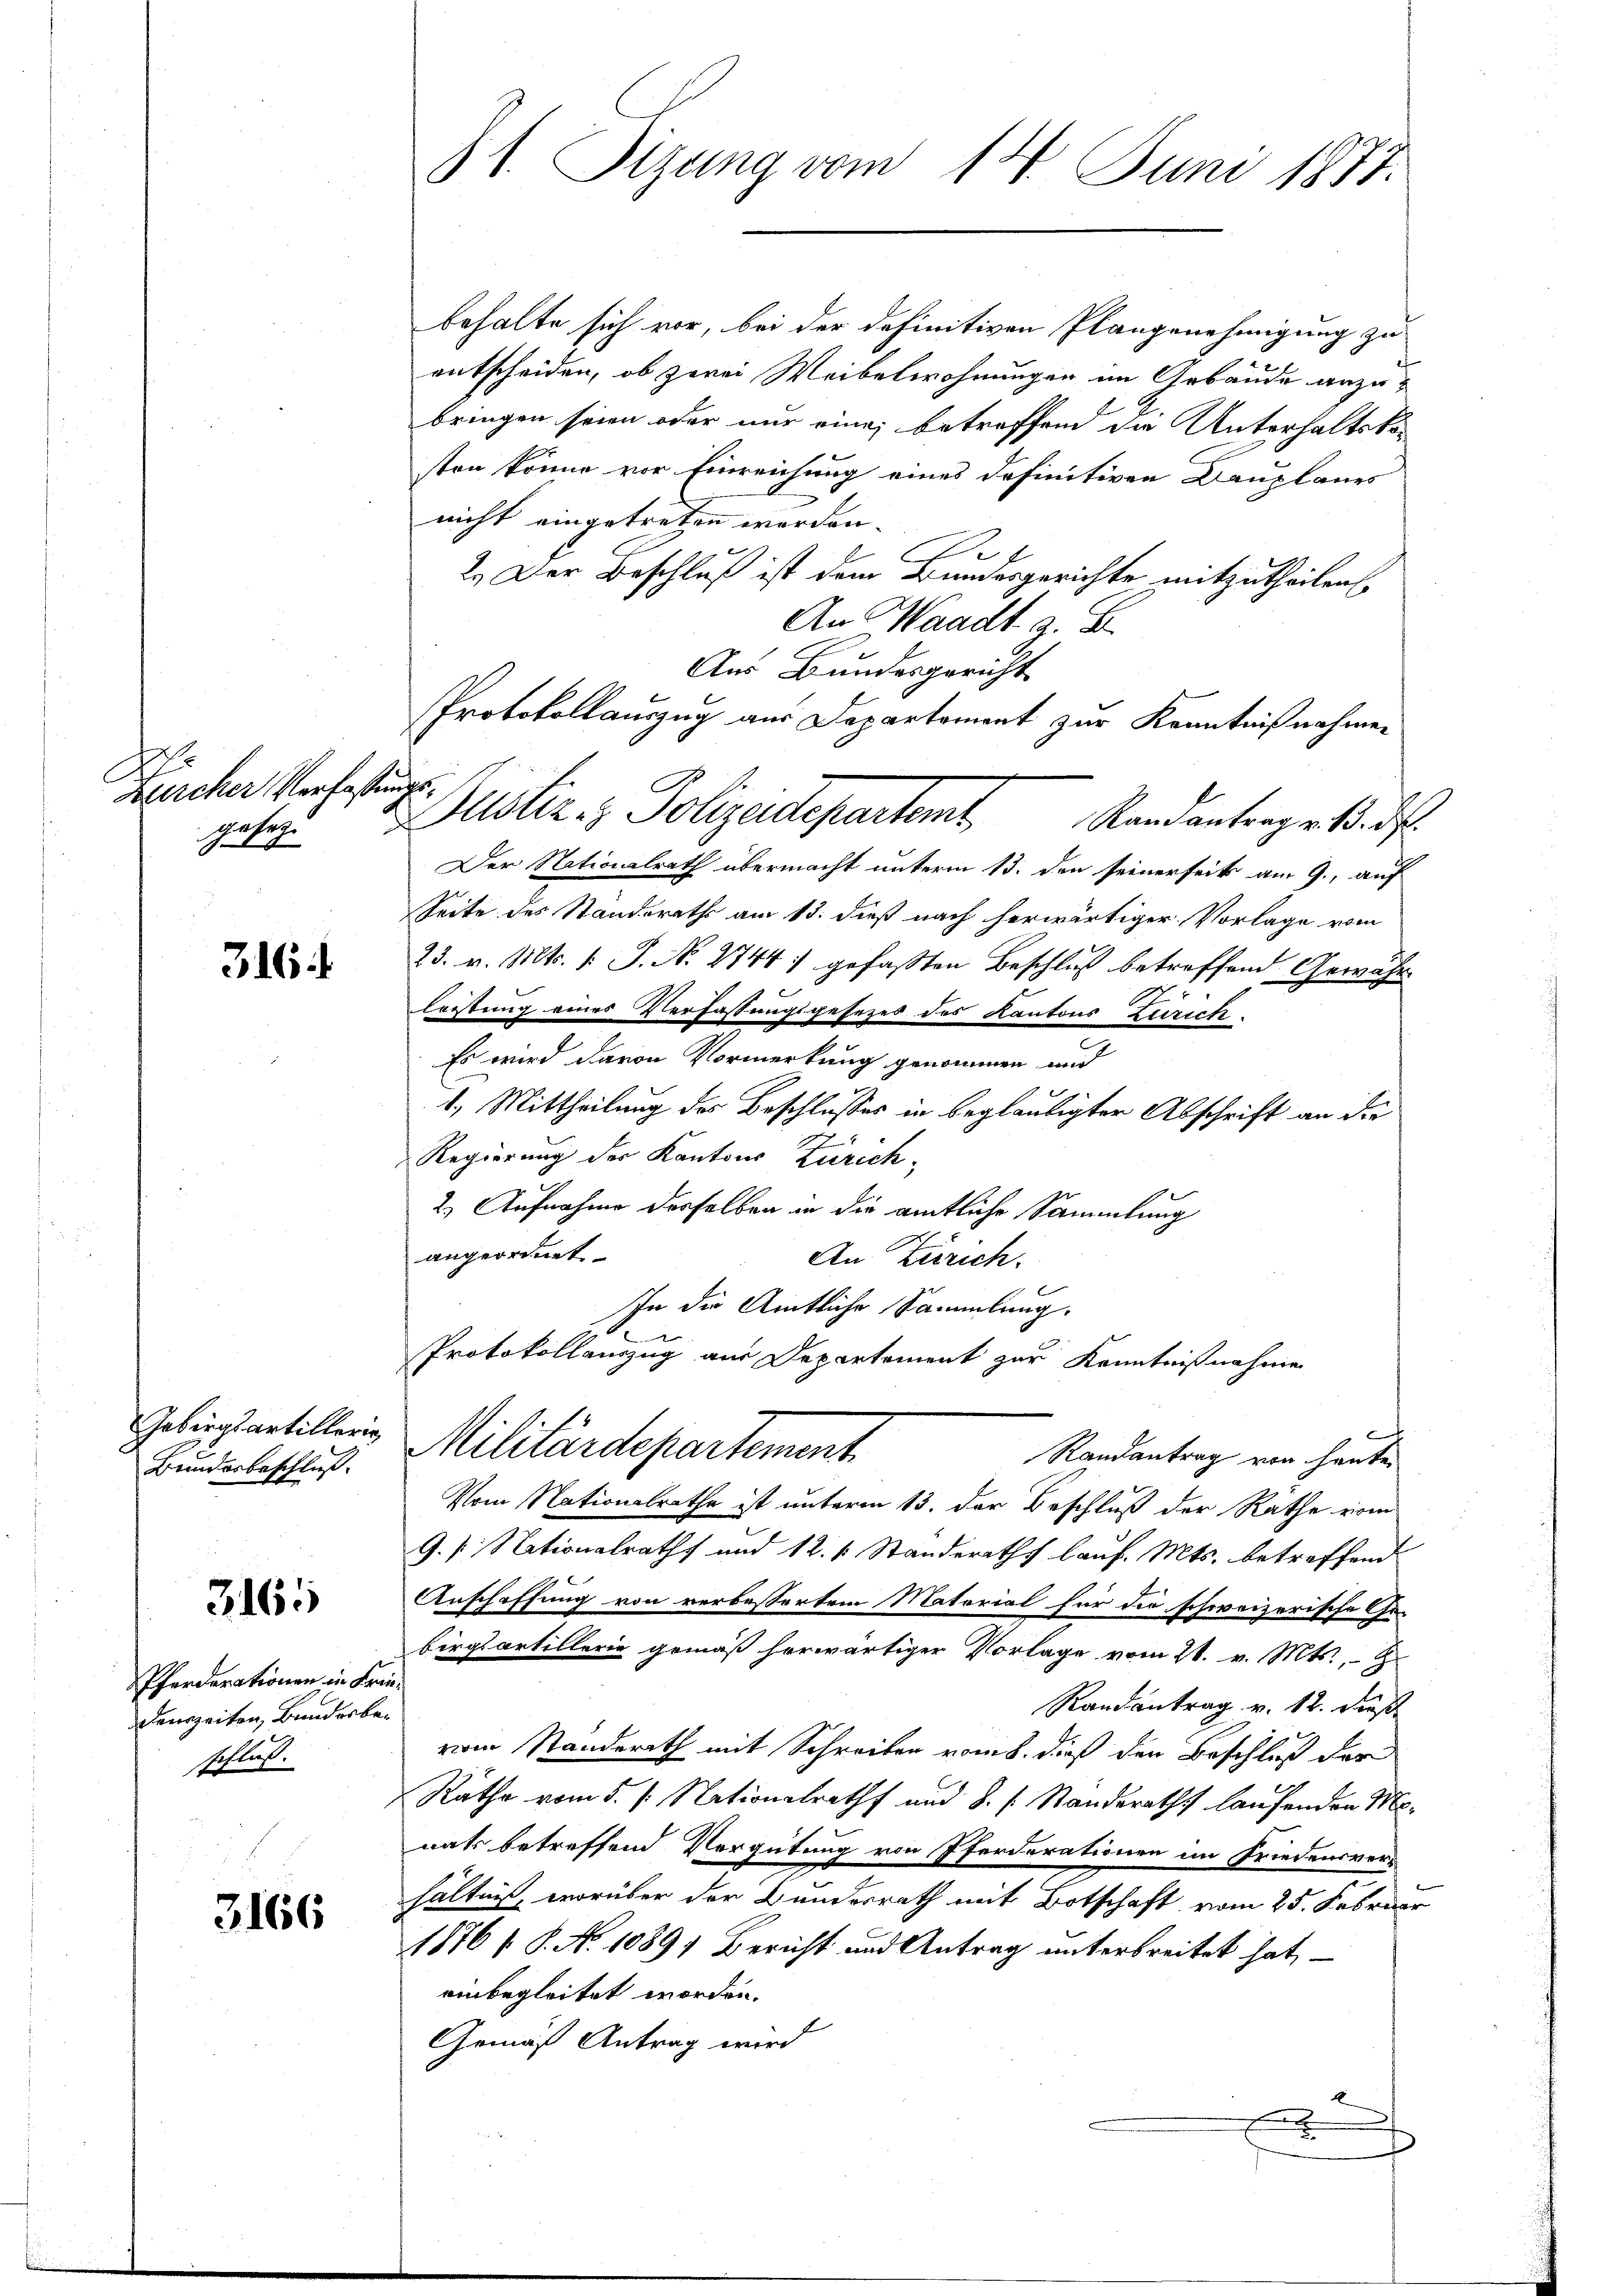
H
Zürcher Verfassungse
19

316

Bundesbeschluß.

3165

Pferderationen in Friedenszeiten, Bundesbeschließ.

3166

31. Sitzung vom 14. Juni 1877.

Aus Bundesgericht.
Protokollauszug aus Departement zur Kenntnißnahmen
ustiz & Polizeidepartemt Randantragen d. d.

behalte sich vor, bei der definitiven Plangenehmigung zu
entscheiden, ob zwei Weibelwohnungen in Gebäude anzubringen seien oder nur eine betreffend die Unterhaltskosten könne vor Einreichung eines definitiven Bauplanes
nicht eingetreten werden. |
2
2.) Der Beschluß ist dem Bundesgerichte mitzutheilen.
An Waadt z. B.
Der Nationalrath übermacht unterm 13. den seinerseits am 9., auf
Seite des Standeraths am 15. dieß nach herwärtiger Vorlage vom
23. v. Mts. v. J. No 2744) gefaßten Beschluß betreffend Gewährleistung eines Verfassungsgesezes des Kantons Zürich
Es wird davon Vormerkung genommen und
1.) Mittheilung des Beschlusses in beglaubigter Abschrift an die

Regierung des Kantons Zürich,
2.) Aufnahme derselben in die amtliche Sammlung
angeordnet
An Zürich.
In die Amtliche Sammlung.
d
Protokollauszug aus Departement zur Kenntnißnahme

e
Gebirgsartiller Militärdepartement
Randantrag von heute

Vom Nationalrathe ist unterm 13. der Beschluß der Rathe vom
9. s. Nationalraths und 12. 1. Standeraths lauf. Mts. betreffend
Anschaffung von verbessertem Natorial für die schweizerische Gebirgsartillerie gemäß herwärtiger Vorlage vom 21. v. Mts. Z.
Randantrag v. 12. dieß
vom Standerath mit Schreiben vom 8. dieß den Beschluß der
Räthe vom 5. /: Nationalraths und 8. s. Standeraths laufenden Monats betreffend Vergütung von Pferderationen im Friedensver-
hältniß, worüber der Bundesrath mit Botschaft vom 25. Februar
1876 s. S. No. 1089) Bericht und Antrag unterbreitet hat,
einbegleitet worden.
Gemäß Antrag wird
2
x